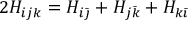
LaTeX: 2 H _ { i j k } = H _ { i \bar { \jmath } } + H _ { j \bar { k } } + H _ { k \bar { \imath } }